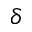
\delta